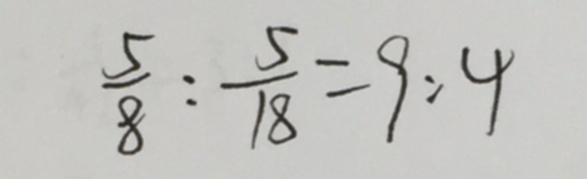
\frac { 5 } { 8 } : \frac { 5 } { 1 8 } = 9 : 4